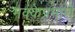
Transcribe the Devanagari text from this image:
मक्केप्रमाणे